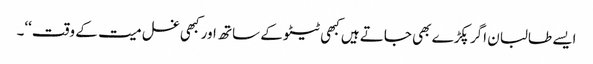
ایسے طالبان اگر پکڑے بھی جاتے ہیں کبھی ٹیٹو کے ساتھ اور کبھی غسل میت کے وقت‘‘۔